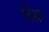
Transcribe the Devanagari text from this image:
रेवेंशा